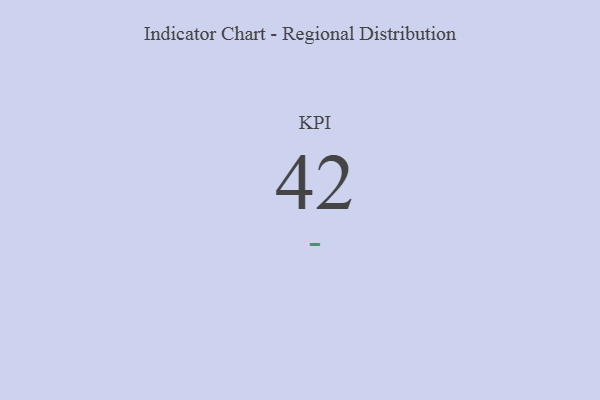
{"axis": {"x": "KPI", "y": "Value"}, "legend": [""], "data": [{"x": "KPI", "y": 42, "type": ""}]}